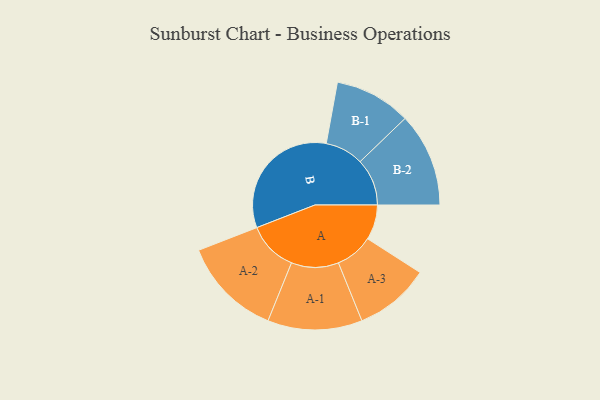
{"axis": {"x": "Segment", "y": "Value"}, "legend": ["", "A", "B"], "data": [{"x": "A", "y": 117, "type": ""}, {"x": "B", "y": 435, "type": ""}, {"x": "A-1", "y": 158, "type": "A"}, {"x": "A-2", "y": 167, "type": "A"}, {"x": "A-3", "y": 126, "type": "A"}, {"x": "B-1", "y": 128, "type": "B"}, {"x": "B-2", "y": 157, "type": "B"}]}